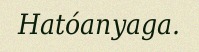
Hatóanyaga.